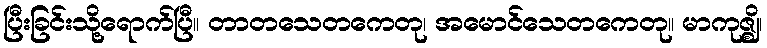
ပြီးခြင်းသို့ရောက်ပြီ။ တာတသေတကေတု၊ အမောင်သေတကေတု။ မာကုဇ္ဈိ၊